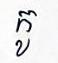
កូ